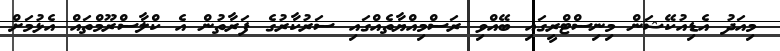
މިއަދު އެޑިއުކޭޝަން މިނިސްޓްރީގައި ބޭއްވި ރަސްމިއްޔާތެއްގައި ސަރުކާރުގެ ފަރާތުން އެ ކްލާސްރޫމްތައް އެޅުމަށް